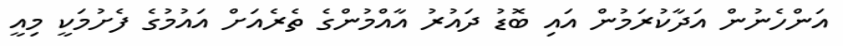
އަންހެނުން އަދާކުރަމުން އައި ބޮޑު ދައުރު އާއްމުންގެ ތެރެއަށް އައުމުގެ ފެށުމަކީ މިއީ